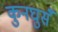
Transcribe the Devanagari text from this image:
कुनघुसँ